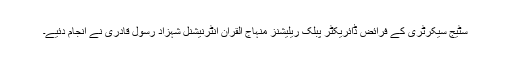
سٹیج سیکرٹری کے فرائض ڈائریکٹر پبلک ریلیشنز منہاج القرآن انٹرنیشنل شہزاد رسول قادری نے انجام دئیے۔